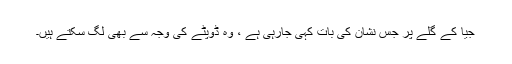
جیا کے گلے پر جس نشان کی بات کہی جارہی ہے ، وہ ڈوپٹے کی وجہ سے بھی لگ سکتے ہیں۔